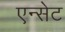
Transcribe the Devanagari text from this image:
एन्सेट